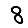
Digit: 8